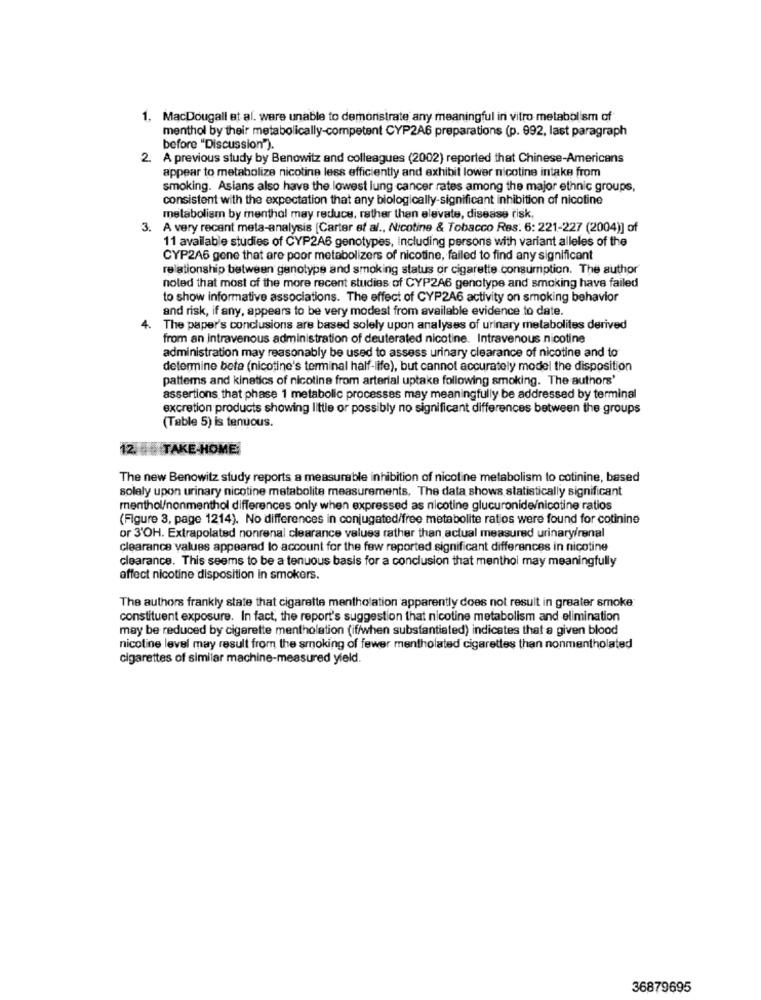
1. MacDougall et al. were unable to demonstrate any meaningful in vitro metabolism of
menthol by their metabolically-competent CYP2A6 preparations (p. 992, last paragraph
before "Discussion").
2. A previous study by Benowitz and colleagues (2002) reported that Chinese-Americans
appear to metabolize nicotine less efficiently and exhibit lower nicotine intake from
smoking. Asians also have the lowest lung cancer rates among the major ethnic groups,
consistent with the expectation that any biologically-significant inhibition of nicotine
metabolism by menthal may reduce, rather than elevate, disease risk,
3. A very recent meta-analysis [Carter et al ., Nicotine & Tobacco Res. 6: 221-227 (2004)] of
11 available studies of CYP2A6 genotypes, Including persons with variant alleles of the
CYP2A6 gene that are poor metabolizers of nicotine, failed to find any significant
relationship between genotype and smoking status or cigarette consumption. The author
noted that most of the more recent studies of CYP2A6 genotype and smoking have failed
to show informative associations. The effect of CYP2A6 activity on smoking behavior
and risk, if any, appears to be very modest from available evidence to date.
4.
The paper's conclusions are based solely upon analyses of urinary metabolites derived
from an intravenous administration of deuterated nicotine. Intravenous nicotine
administration may reasonably be used to assess urinary clearance of nicotine and to
determine beta (nicotine's terminal half-life), but cannot accurately model the disposition
pattems and kinetics of nicotine from arterial uptake following smoking. The authors'
assertions that phase 1 metabolic processes may meaningfully be addressed by terminal
excretion products showing little or possibly no significant differences between the groups
(Table 5) is tenuous.
12. TAKE-HOME:
The new Benowitz study reports a measurable inhibition of nicotine metabolism to cotinine, based
solely upon urinary nicotine metabolite measurements, The data shows statistically significant
menthol/nonmenthol differences only when expressed as nicotine glucuronide/nicotine ratios
(Figure 3, page 1214). No differences in conjugated/free metabolite ratios were found for cotinine
or 3'OH. Extrapolated nonrenal clearance values rather than actual measured urinary/renal
clearance values appeared lo account for the few reported significant differences in nicotine
clearance. This seems to be a tenuous basis for a conclusion that menthol may meaningfully
affect nicotine disposition in smokers.
The authors frankly state that cigarette mentholation apparently does not result in greater smoke
constituent exposure. In fact, the report's suggestion that nicotine metabolism and elimination
may be reduced by cigarette mentholation (if/when substantiated) indicates that a given blood
nicotine level may result from the smoking of fewer mentholated cigarettes than nonmentholated
cigarettes of similar machine-measured yield.
36879695